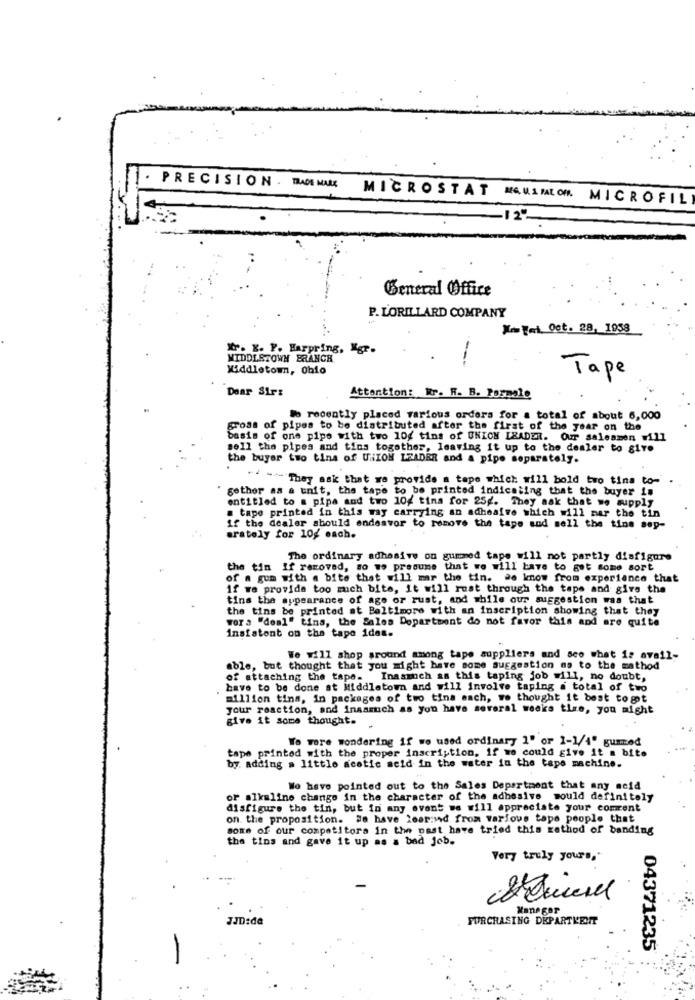
. PRECISION . RACE MARK MICROSTAT
MAUSMLOM. MICROFIL
General Office
P. LORILLARD COMPANY
Notei Oct. 28, 1958
W. K. P. Harpring, Mgr.
MIDDLETOWN BRANCH
Middletown, Ohio
Tape
Dear Sir:
Attention: Rr. R. B. Pormale
lo recently placed various orders for a total of about 6,000
gross of pipes to be distributed after the first of the year on the
basis of one pipe with two 10g tins of UNION LEADER. Our salesmen will
sell the pipes and tins together, leaving it up to the dealer to 817.
the buyer two tina of UNION LEADER and a pipe separately.
"' -- They ask that we provide a tape which will hold two tina to-
gether as a unit, the tape to be printed indicating that the buyer is
entitled to a pipa and two 10g tina for 25g. They ask that we supply
. tape printed in this way carrying an adhesive which will mar the tin
If the dealer should endeavor to remove the tape and mell the tins sep-
aratoly for 10g each.
The ordinary adhesive on gurmed tape will not partly disfigure
the tin If removed, so wo presume that we will have to get some sort
of a gun with a bite that will mar the tin. we know from experience that
if we provide too mich bite, it will rust through the tape and give the
tins the appearance of age or rust, and while our suggestion was that
the tins be printed at Baltimore with an inscription showing that they
vora "deal" tins, the Sales Department do not favor this and are quite
insistent on the tape idas.
We will shop around among tape suppliers and see what is avail-
able, but thought that you might have some suggestion ms to the mathod
of attaching the tape. Inasmuch as this taping job will, no doubt,
have to be done at Middletown and will involve taping a total of two
million tins, in packages of two tina each, we thought it best togot
your reaction, and ingamuch as you have several weeks tire, you might
give it some thought.
Wo wore wondering if we used ordinary 1' or 1-1/4" gummed
tape printed with the proper inscription, if we could give it a bite
by. adding a little acetic acid in the water in the tape machine.
Wo have pointed out to the Sales Department that any acid
or alkaline change in the character of the adhesive would definitely
disfigure the tin, but in any event we will appreciate your comrent
on the proposition. We have learned from various tape people that
some of our competitors in the past have tried this method of banding
the tina and gave it up as a bad Jeb.
Very truly yours,"
Manager
PURCHASING DEPARTKENT
04371235